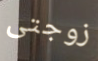
زوجتى